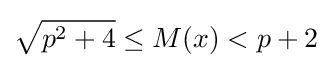
{\sqrt {p^{2}+4}}\leq M(x)<p+2